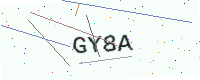
Text: GY8A